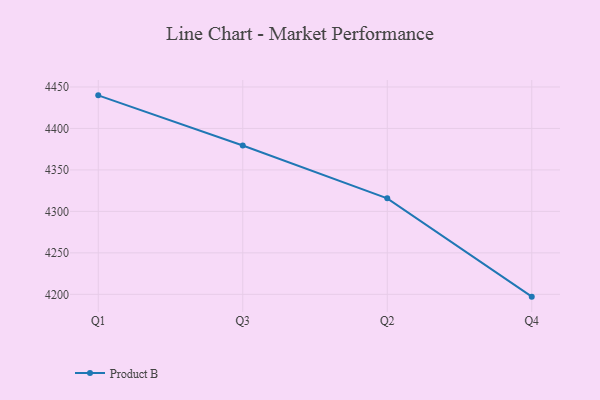
{"axis": {"x": "Quarter", "y": "Page Views"}, "legend": ["Product B"], "data": [{"x": "Q1", "y": 4439.9, "type": "Product B"}, {"x": "Q3", "y": 4379.4, "type": "Product B"}, {"x": "Q2", "y": 4315.7, "type": "Product B"}, {"x": "Q4", "y": 4197.2, "type": "Product B"}]}